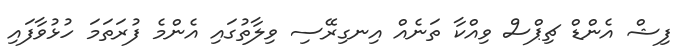
ފިޝް އެންޑް ޗިޕްސް ވިއްކާ ތަނެއް އިނގިރޭސި ވިލާތުގައި އެންމެ ފުރަތަމަ ހުޅުވާފައި